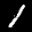
Label: 1